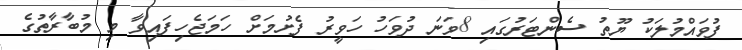
ފުވައްމުލަކު ޔޫތު ސެންޓަރުގައި 8ވަނަ ދުވަހު ހަވީރު ފެށުމަށް ހަމަޖެހިފައިވާ މި މުބާރާތުގެ